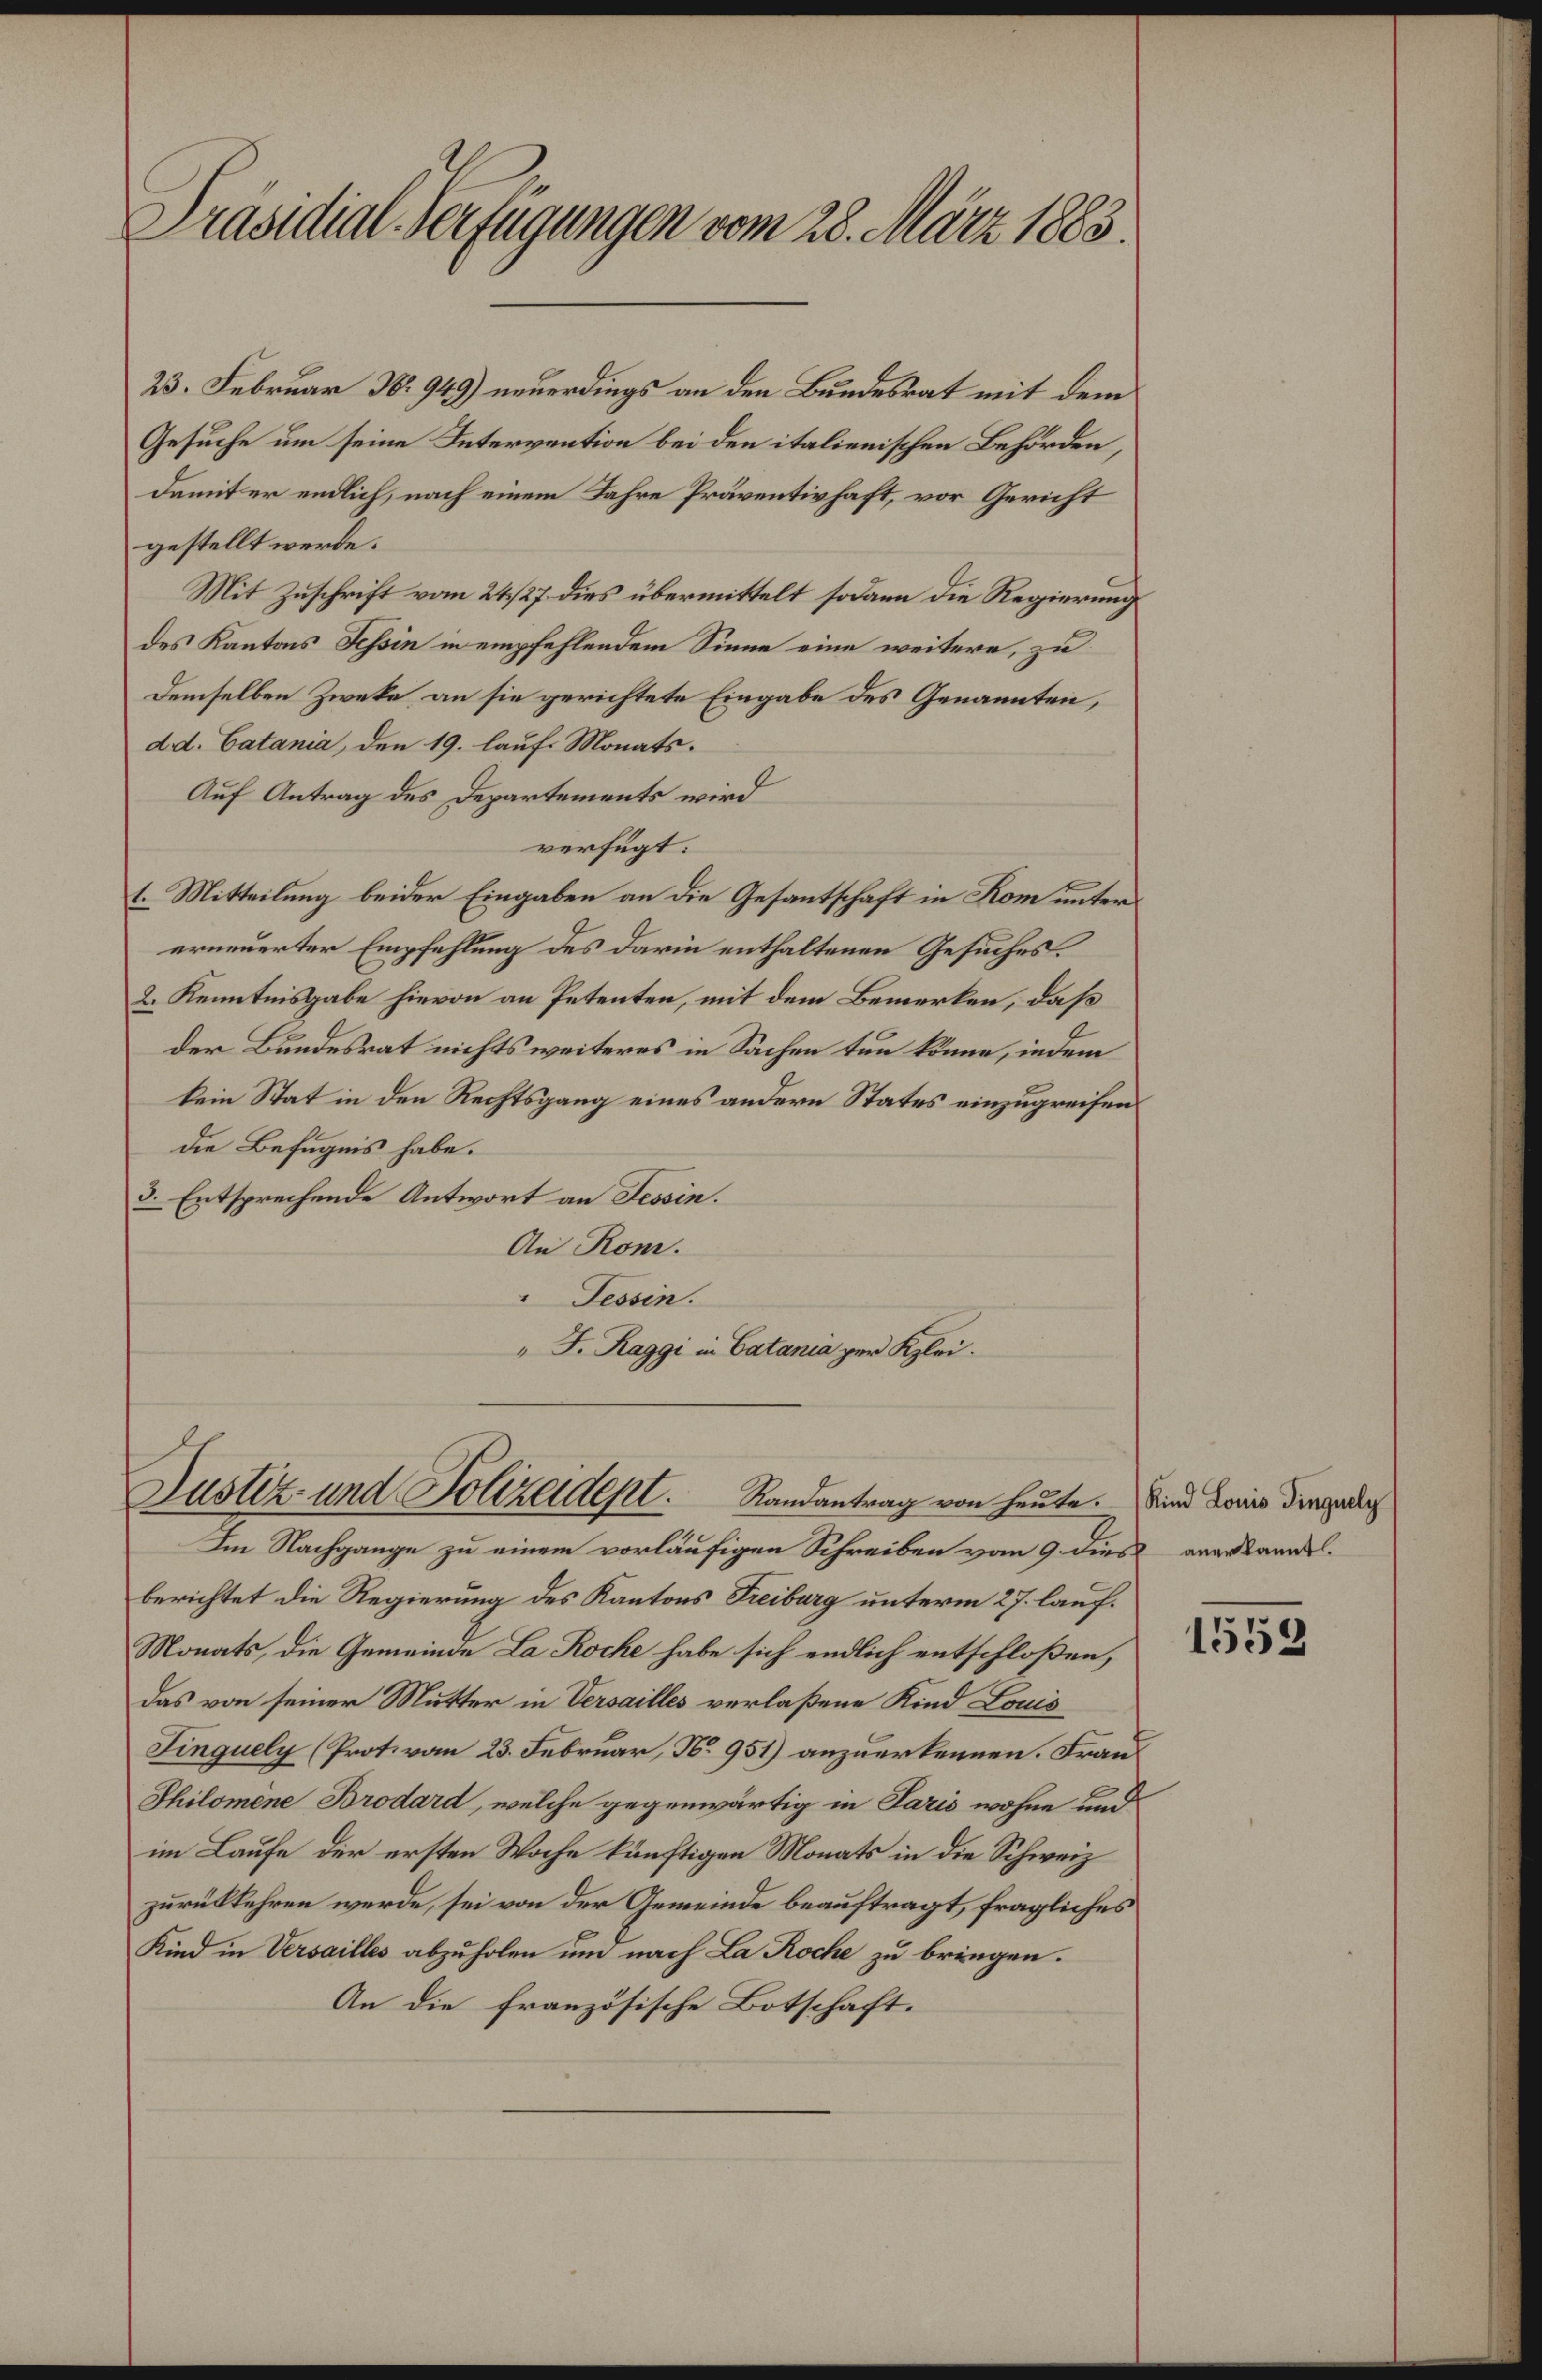
Präsidial-Verfügungen vom 28. März 1883.

23. Februar No 949) neuerdings an den Bundesrat mit dem
Gesuche um seine Intervention bei den italienischen Behörden,
Damit er endlich, nach einem Jahre Präventivhaft, vor Gericht
gestellt werde.
Mit Zuschrift vom 24. 27. dies übermittelt sodann die Regierung
des Kantons Tessin in empfehlendem Sinne eine weitere, zu
Demselben Zweke, an sie gerichtete Eingabe des Genannten,
dd. Catania, den 19. lauf. Monats.
Auf Antrag des Departements wird
verfügt:
t. Mitteilung beider Eingaben an die Gesantschaft in Kom unter
erneuerter Empfehlung des darin enthaltenen Gesuches.
2. Kenntnisgabe hievon an Petenten, mit dem Bemerken, daß
der Bundesrat nichts weiteres in Sachen tun könne, indem
kein Stat in den Rechtsgang eines andern States einzugreifen
die Befugnis habe.
3. Entsprechende Antwort an Tessin.
An Rom.
" Tessin.
" F. Raggi in Catania zur Klei¬

Im Nachgange zu einem vorläufigen Schreiben vom 9. dies anerkannt.
berichtet die Regierung des Kantons Freiburg unterm 27. lauf¬
Monats, die Gemeinde La Roche habe sich endlich entschloßen,
Das von seiner Mutter in Versailles verlaßene Kind Louis
Finquely (Prot. vom 23. Februar, No. 951) anzuerkennen. Frau
Thilomene Brodard, welche gegenwärtig in Paris wohne und
im Laufe der ersten Woche künftigen Monats in die Schweiz
zurückkehren werde, sei von der Gemeinde beauftragt, fragliches
Kind in Versailles abzuholen und nach La Roche zu bringen.
An die französische Botschaft.

Justiz- und Polizeident. Randantrag von heute. Sind Louis die gedach

1552